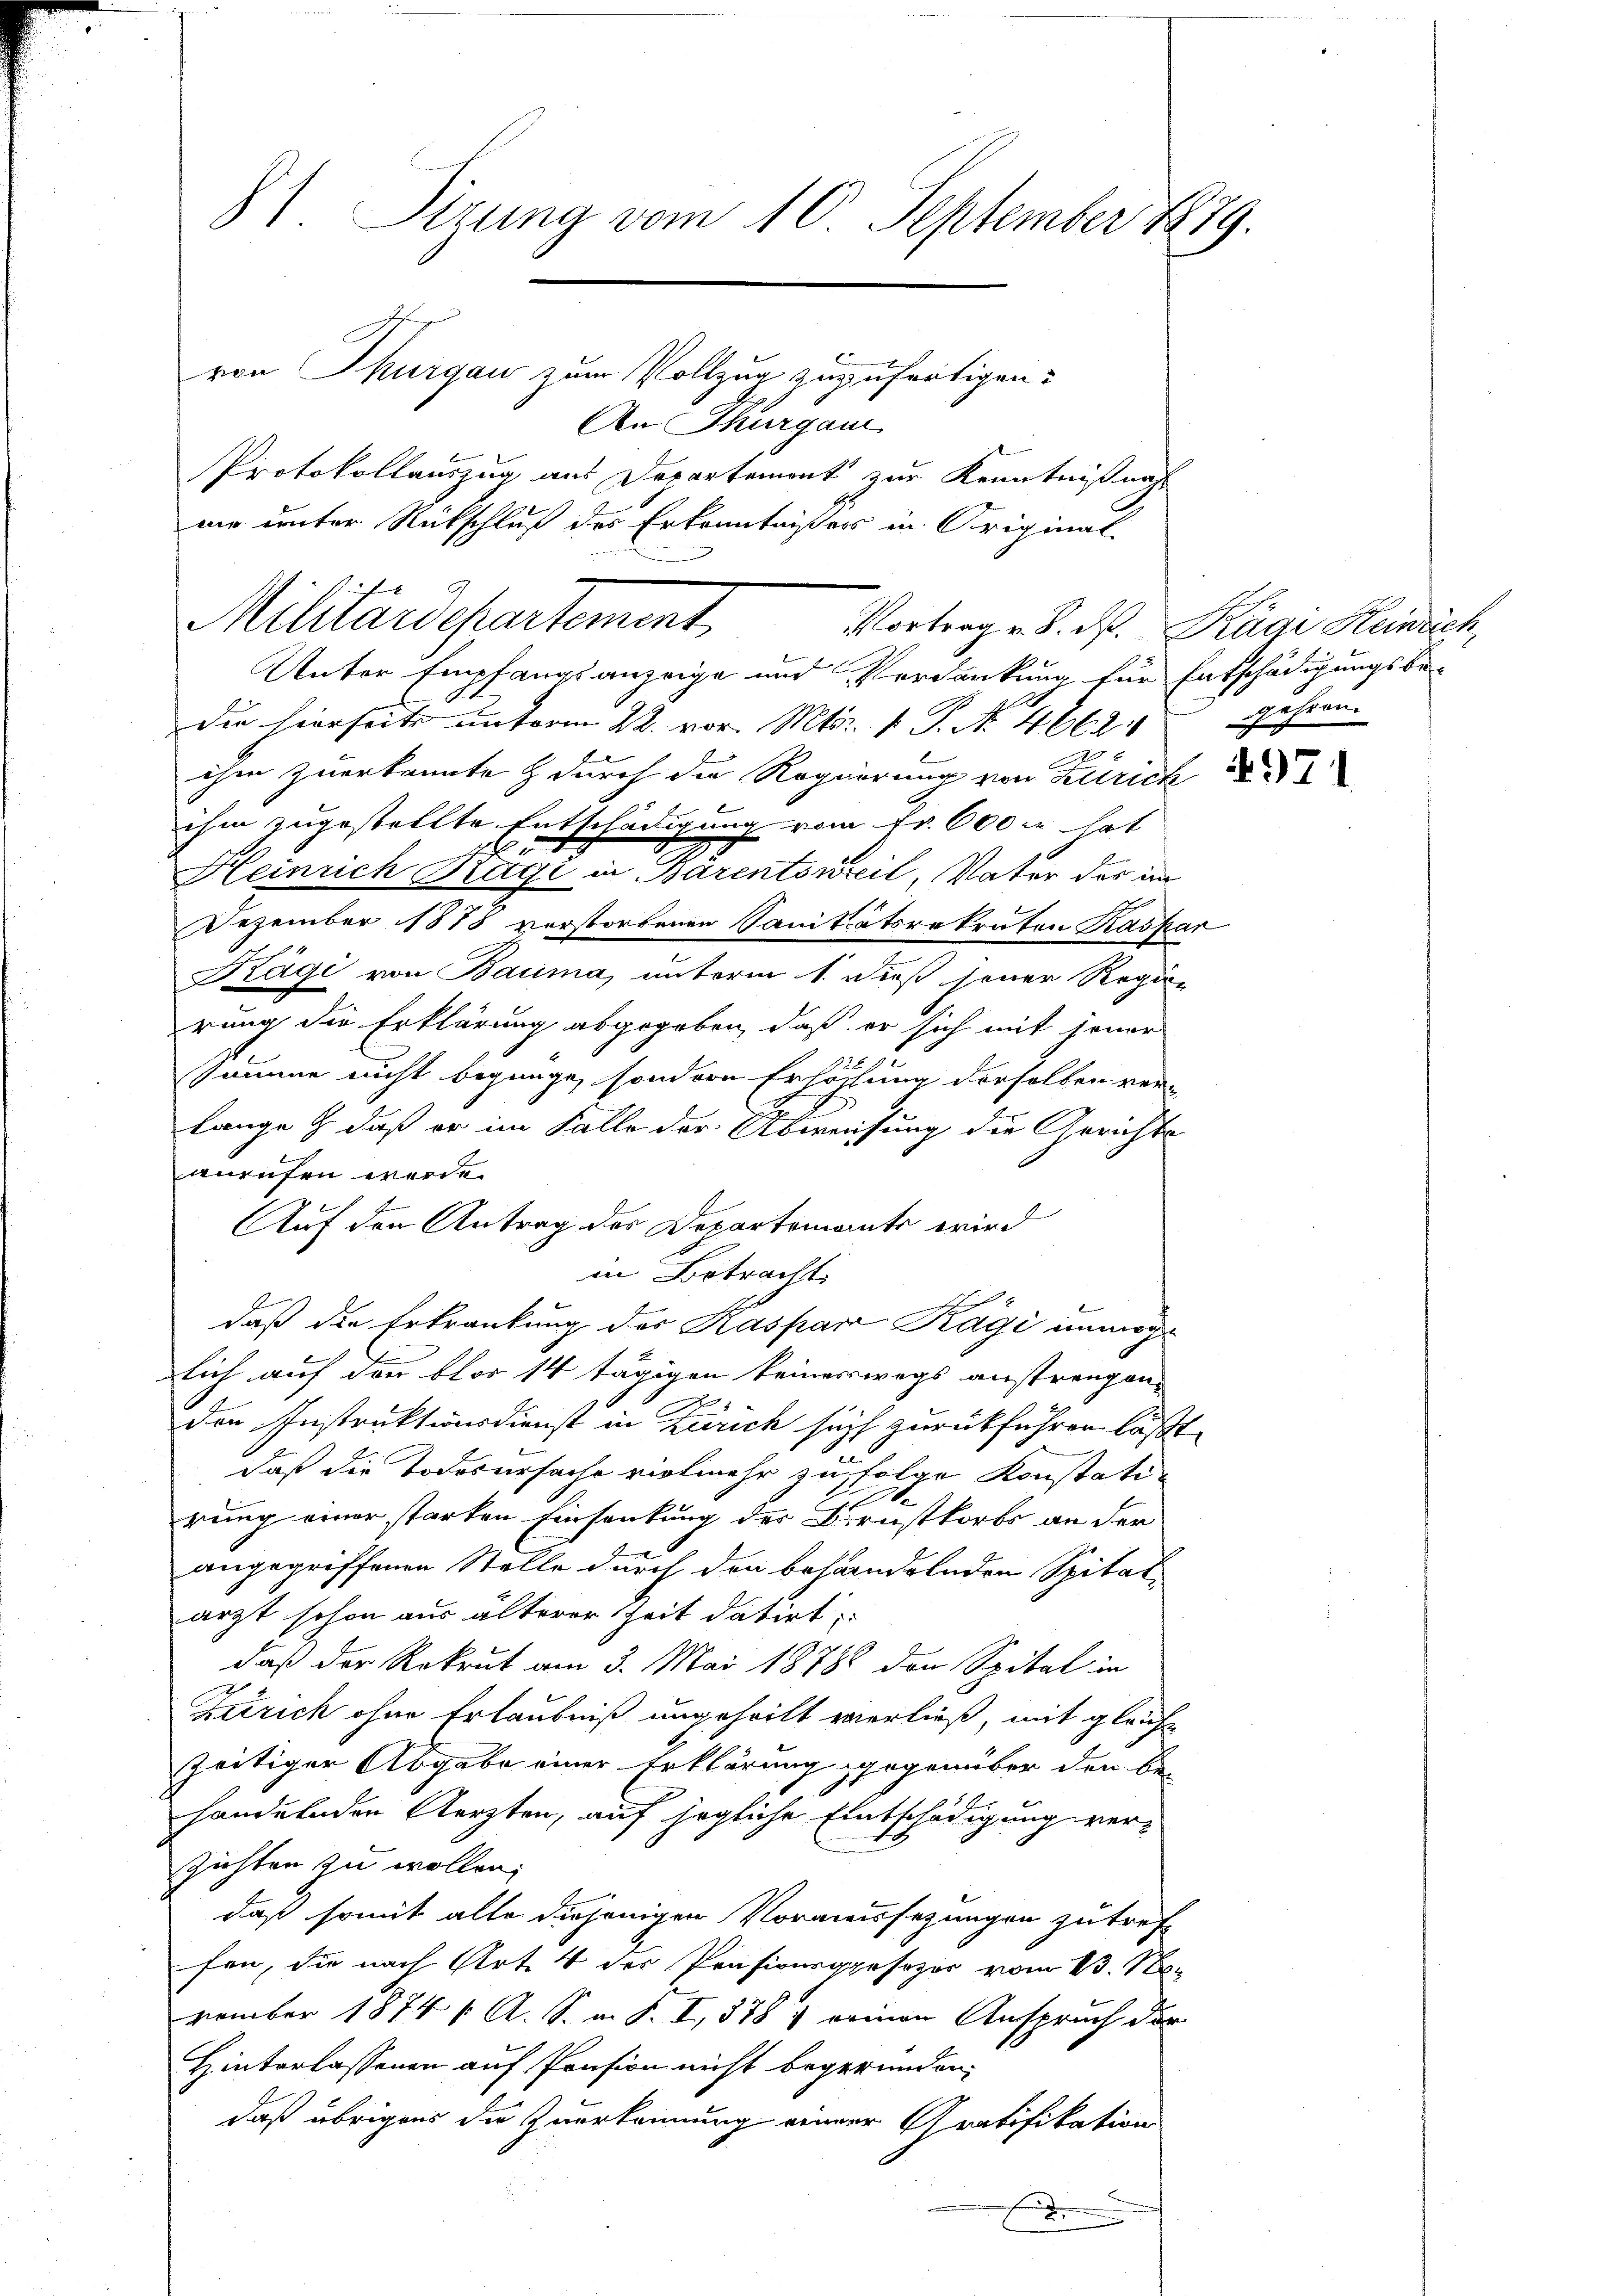
8) Sirung vom 10. September 1879.
von Thurgau zum Vollzug zuzufertigen.

ich
Miluardepartement
Vortrag v. 8. ds. Kägi Heinrich,

An Thurgau
Protokollauszug aus Departement zur Kenntniß nahe
wir unter Rückschluß des Erkenntnißes in Original-

Unter Empfangsanzeige und Verdankung für Entschädigungsbe-
die hierseits unterm 22. vor. Mts. v. P. Nr. 4662
ihm zuerkannte & durch die Regierung von Zürich
ihm zugestellte Entschädigung vom Fr. 600 x hat
i
Heinrich Ragi in Barentorteil, Vater des in
Dezember 1875 verstorbenen Sanitätsrekraten Kaspar
Kägi von Bauma, unterm 1. Dieß jener Regie
rung die Erklärung abgegeben, daß er sich mit jener
ssamme nicht begnüge, sondern Erlöchung derselben verlange & daß er im Falle der Abweisung die Gerichte
anrufen werde.
Auf den Antrag der Departements wird
in Betracht.
daß die Erkrankung des Kaspar Kägi unmöglich auf den blos 14 tägigen keineswegs anstrengen-
den Instruktionsdienst in Zürich such zurückführen läßt,
daß die Todesursache vielmehr zu folge Konstati
rung einer starten Einsankung des Dienstkorbs an der
angegriffenen Stelle durch den behandelnden Spital-
arzt schon aus älterer Zeit datirt,
daß der Rekrut am 3. Mai 18788 den Spital in
Zerrich ohne Erlaubniß ungeheilt verließ, mit gleiche
zeitiger Abgabe einer Erklärung gegenüber den Be-
handelnden Aerzten, auf jegliche Entschädigung versichten zu wollen;
daß somit alte diejenigen Voraussezungen zu tref
fen, die nach Art. 4 der Profivurgpesozer vom 13. November 1874 / A. S. m. S. I, 878 , einen Anspruch der
Hinterlassenen auf Pension nicht begründen,
daß übrigens die Zuerkennung einer Gratifikation
.

gehren.